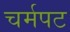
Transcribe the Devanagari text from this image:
चर्मपट